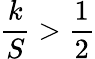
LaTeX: \frac{k}{S}>\frac{1}{2}